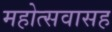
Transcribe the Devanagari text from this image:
महोत्सवासह